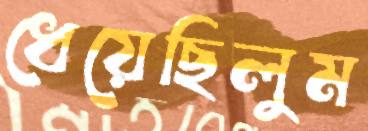
ধেয়েছিলুম